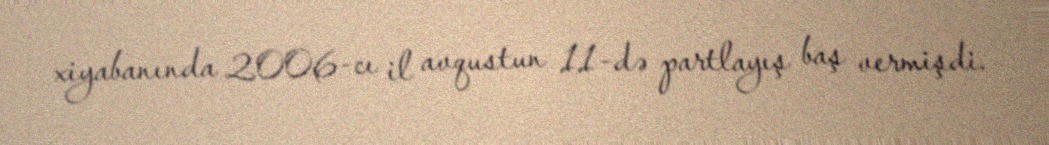
xiyabanında 2006-cı il avqustun 11-də partlayış baş vermişdi.